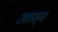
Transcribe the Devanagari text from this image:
आस्र्म